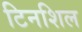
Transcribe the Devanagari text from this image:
टिनशिल